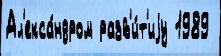
Ал'екса́ндром разв'и́т'иjу 1989